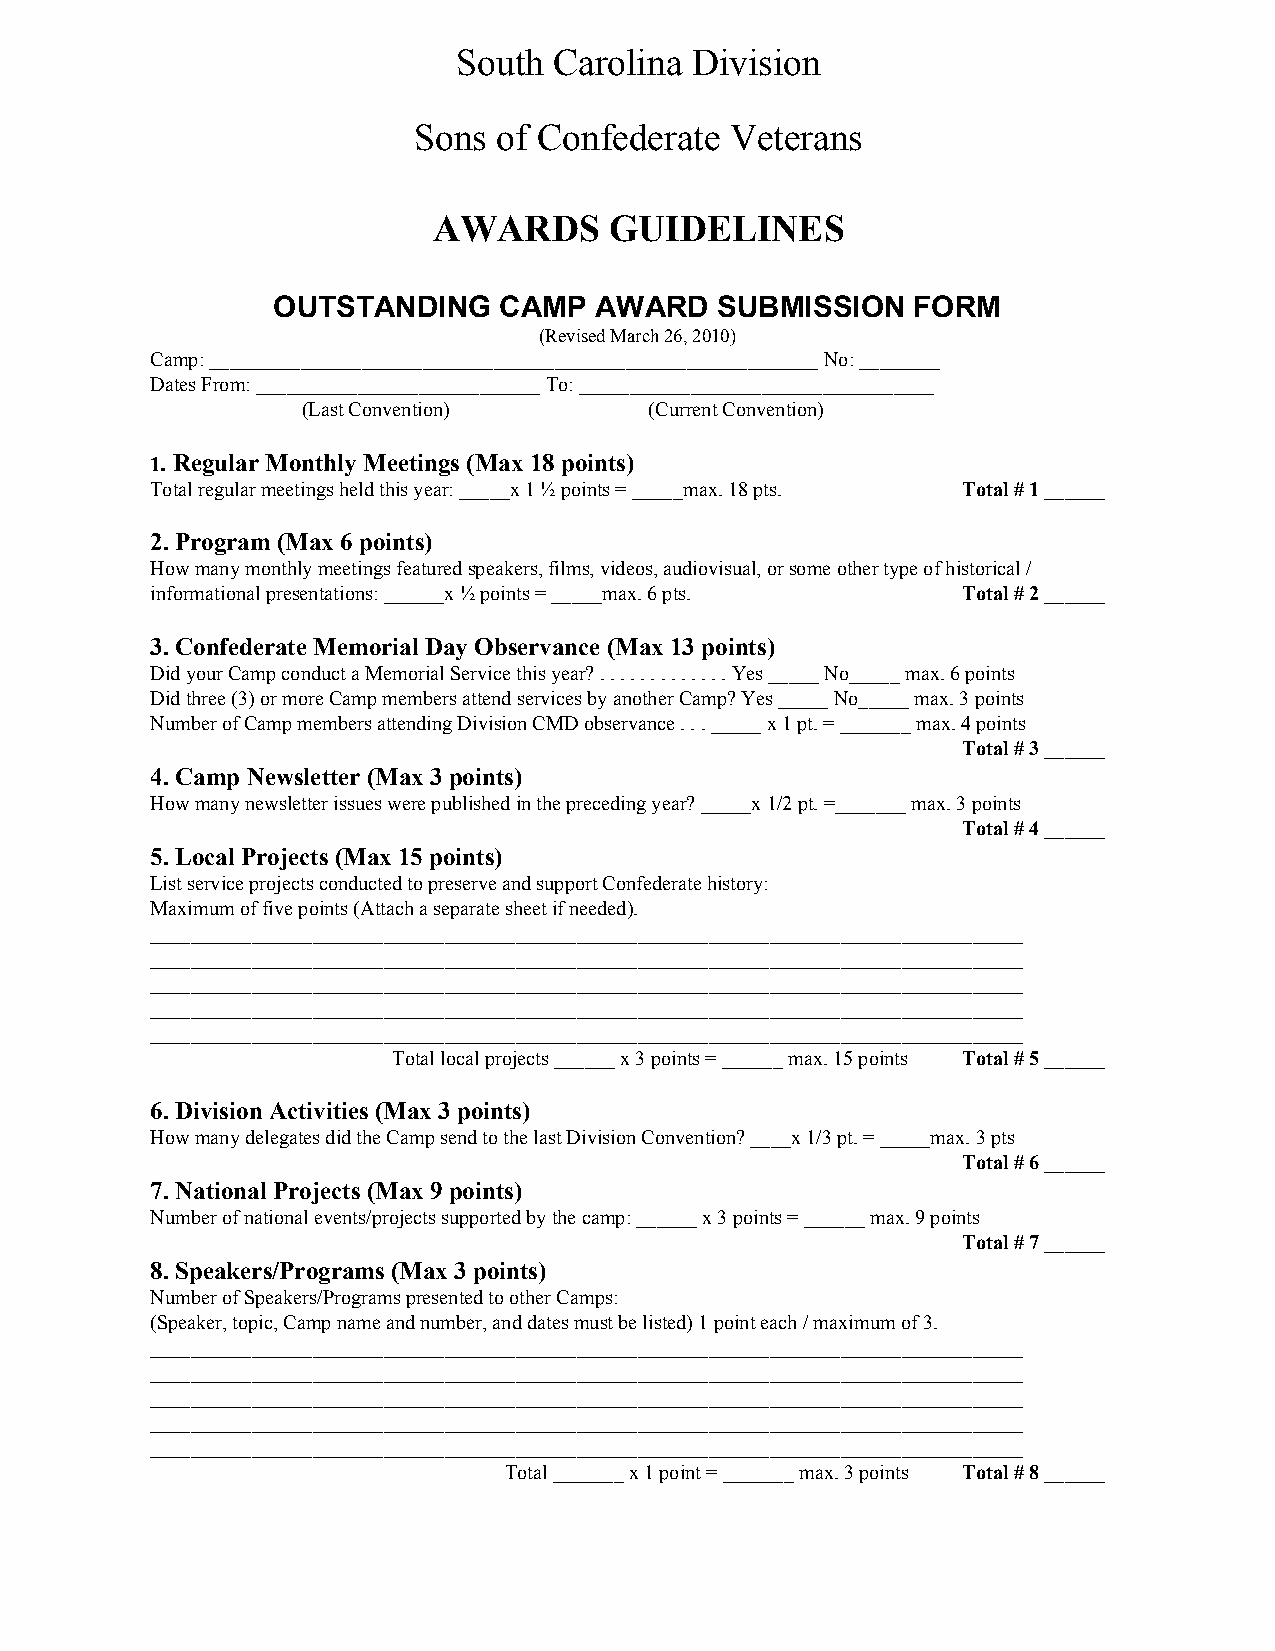
South  Carolina Division
 Sons  of Confederate Veterans
 AWARDS     GUIDELINES
 OUTSTANDING    CAMP  AWARD   SUBMISSION   FORM
 (Revised March 26, 2010)
 Camp: ____________________________________________________________ No: ________
 Dates From: ____________________________ To: ___________________________________
 (Last Convention)      (Current Convention)
 1. Regular Monthly Meetings (Max 18 points)
 ​
 Total regular meetings held this year: _____x 1 ½ points = _____max. 18 pts. Total # 1 ______
 2. Program (Max 6 points)
 How many monthly meetings featured speakers, films, videos, audiovisual, or some other type of historical /
 informational presentations: ______x ½ points = _____max. 6 pts. Total # 2 ______
 3. Confederate Memorial Day Observance (Max 13 points)
 Did your Camp conduct a Memorial Service this year? . . . . . . . . . . . . . Yes _____ No_____ max. 6 points
 Did three (3) or more Camp members attend services by another Camp? Yes _____ No_____ max. 3 points
 Number of Camp members attending Division CMD observance . . . _____ x 1 pt. = _______ max. 4 points
 Total # 3 ______
 4. Camp Newsletter (Max 3 points)
 How many newsletter issues were published in the preceding year? _____x 1/2 pt. =_______ max. 3 points
 Total # 4 ______
 5. Local Projects (Max 15 points)
 List service projects conducted to preserve and support Confederate history:
 Maximum of five points (Attach a separate sheet if needed).
 ______________________________________________________________________________________
 ______________________________________________________________________________________
 ______________________________________________________________________________________
 ______________________________________________________________________________________
 ______________________________________________________________________________________
 Total local projects ______ x 3 points = ______ max. 15 points Total # 5 ______
 6. Division Activities (Max 3 points)
 How many delegates did the Camp send to the last Division Convention? ____x 1/3 pt. = _____max. 3 pts
 Total # 6 ______
 7. National Projects (Max 9 points)
 Number of national events/projects supported by the camp: ______ x 3 points = ______ max. 9 points
 Total # 7 ______
 8. Speakers/Programs (Max 3 points)
 Number of Speakers/Programs presented to other Camps:
 (Speaker, topic, Camp name and number, and dates must be listed) 1 point each / maximum of 3.
 ______________________________________________________________________________________
 ______________________________________________________________________________________
 ______________________________________________________________________________________
 ______________________________________________________________________________________
 ______________________________________________________________________________________
 Total _______ x 1 point = _______ max. 3 points Total # 8 ______